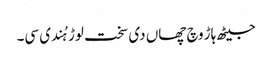
جیٹھ ہاڑ وچ چھاں دی سخت لوڑ ہُندی سی۔